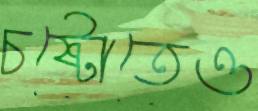
চষ্টোতেও